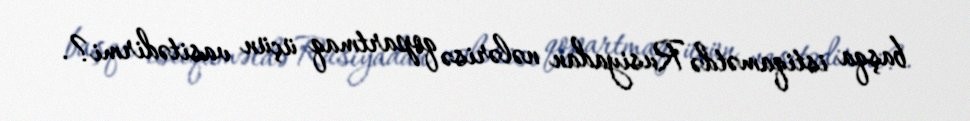
başqa istiqamətdə Rusiyadan nələrisə qopartmaq üçün vasitədirmi?.